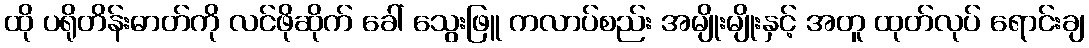
ထို ပရိုတိန်းဓာတ်ကို လင်ဖိုဆိုက် ခေါ် သွေးဖြူ ကလာပ်စည်း အမျိုးမျိုးနှင့် အတူ ထုတ်လုပ် ရောင်းချ